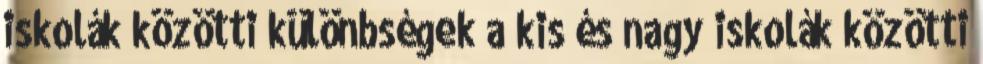
iskolák közötti különbségek a kis és nagy iskolák közötti